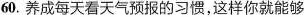
60.养成每天看天气预报的习惯，这样你就能够